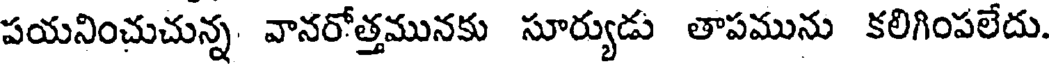
పయనించుచున్న. వానరోత్తమునకు సూర్యుడు తాపమును కలిగింపలేదు.